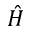
\hat { H }